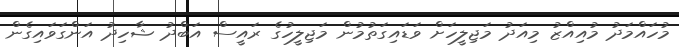
މުހައްމަދު މުއިއްޒު މިއަދު މަޖިލީހަށް ވަޑައިގަތުމުން މަޖިލީހުގެ ރައީސް އަބްދު ޝާހިދު އަންގަވައިގެން